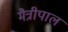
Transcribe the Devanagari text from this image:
मैत्रीपाल